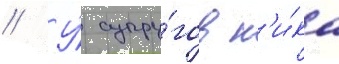
// У́ супру́гов н'и́ка